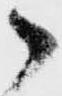
候